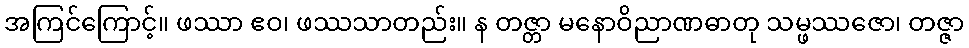
အကြင်ကြောင့်။ ဖဿာ ဧဝ၊ ဖဿသာတည်း။ န တဇ္တာ မနောဝိညာဏဓာတု သမ္ဖဿဇော၊ တဇ္ဇာ